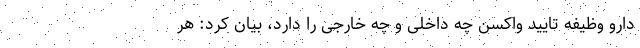
دارو وظیفه تایید واکسن چه داخلی و چه خارجی را دارد، بیان کرد: هر